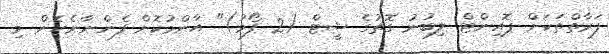
ފަރާތްތަކަށް ޕޮއިންޓް ލިބުނު ގޮތުގެ ޝީޓް (2 ފޯމު)" އާންމުކޮށް ފެންނާނެހެން މި